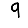
Digit: 9